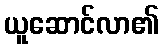
ယူဆောင်လာ၏